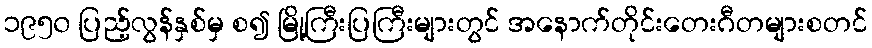
၁၉၅၀ ပြည့်လွန်နှစ်မှ စ၍ မြို့ကြီးပြကြီးများတွင် အနောက်တိုင်းတေးဂီတများစတင်